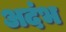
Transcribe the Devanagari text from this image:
अदंभ